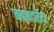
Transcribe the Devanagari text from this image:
जबाबदारीया